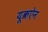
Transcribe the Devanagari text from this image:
यूक्रऐन